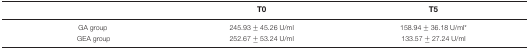
<table><thead><tr><td></td><td><b>T0</b></td><td><b>T5</b></td></tr></thead><tbody><tr><td>GA group</td><td>245.93 ± 45.26 U/ml</td><td>158.94 ± 36.18 U/ml*</td></tr><tr><td> GEA group </td><td>252.67 ± 53.24 U/ml</td><td>133.57 ± 27.24 U/ml</td></tr></tbody></table>